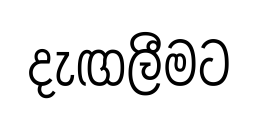
දැඟලීමට